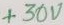
Text: +30V